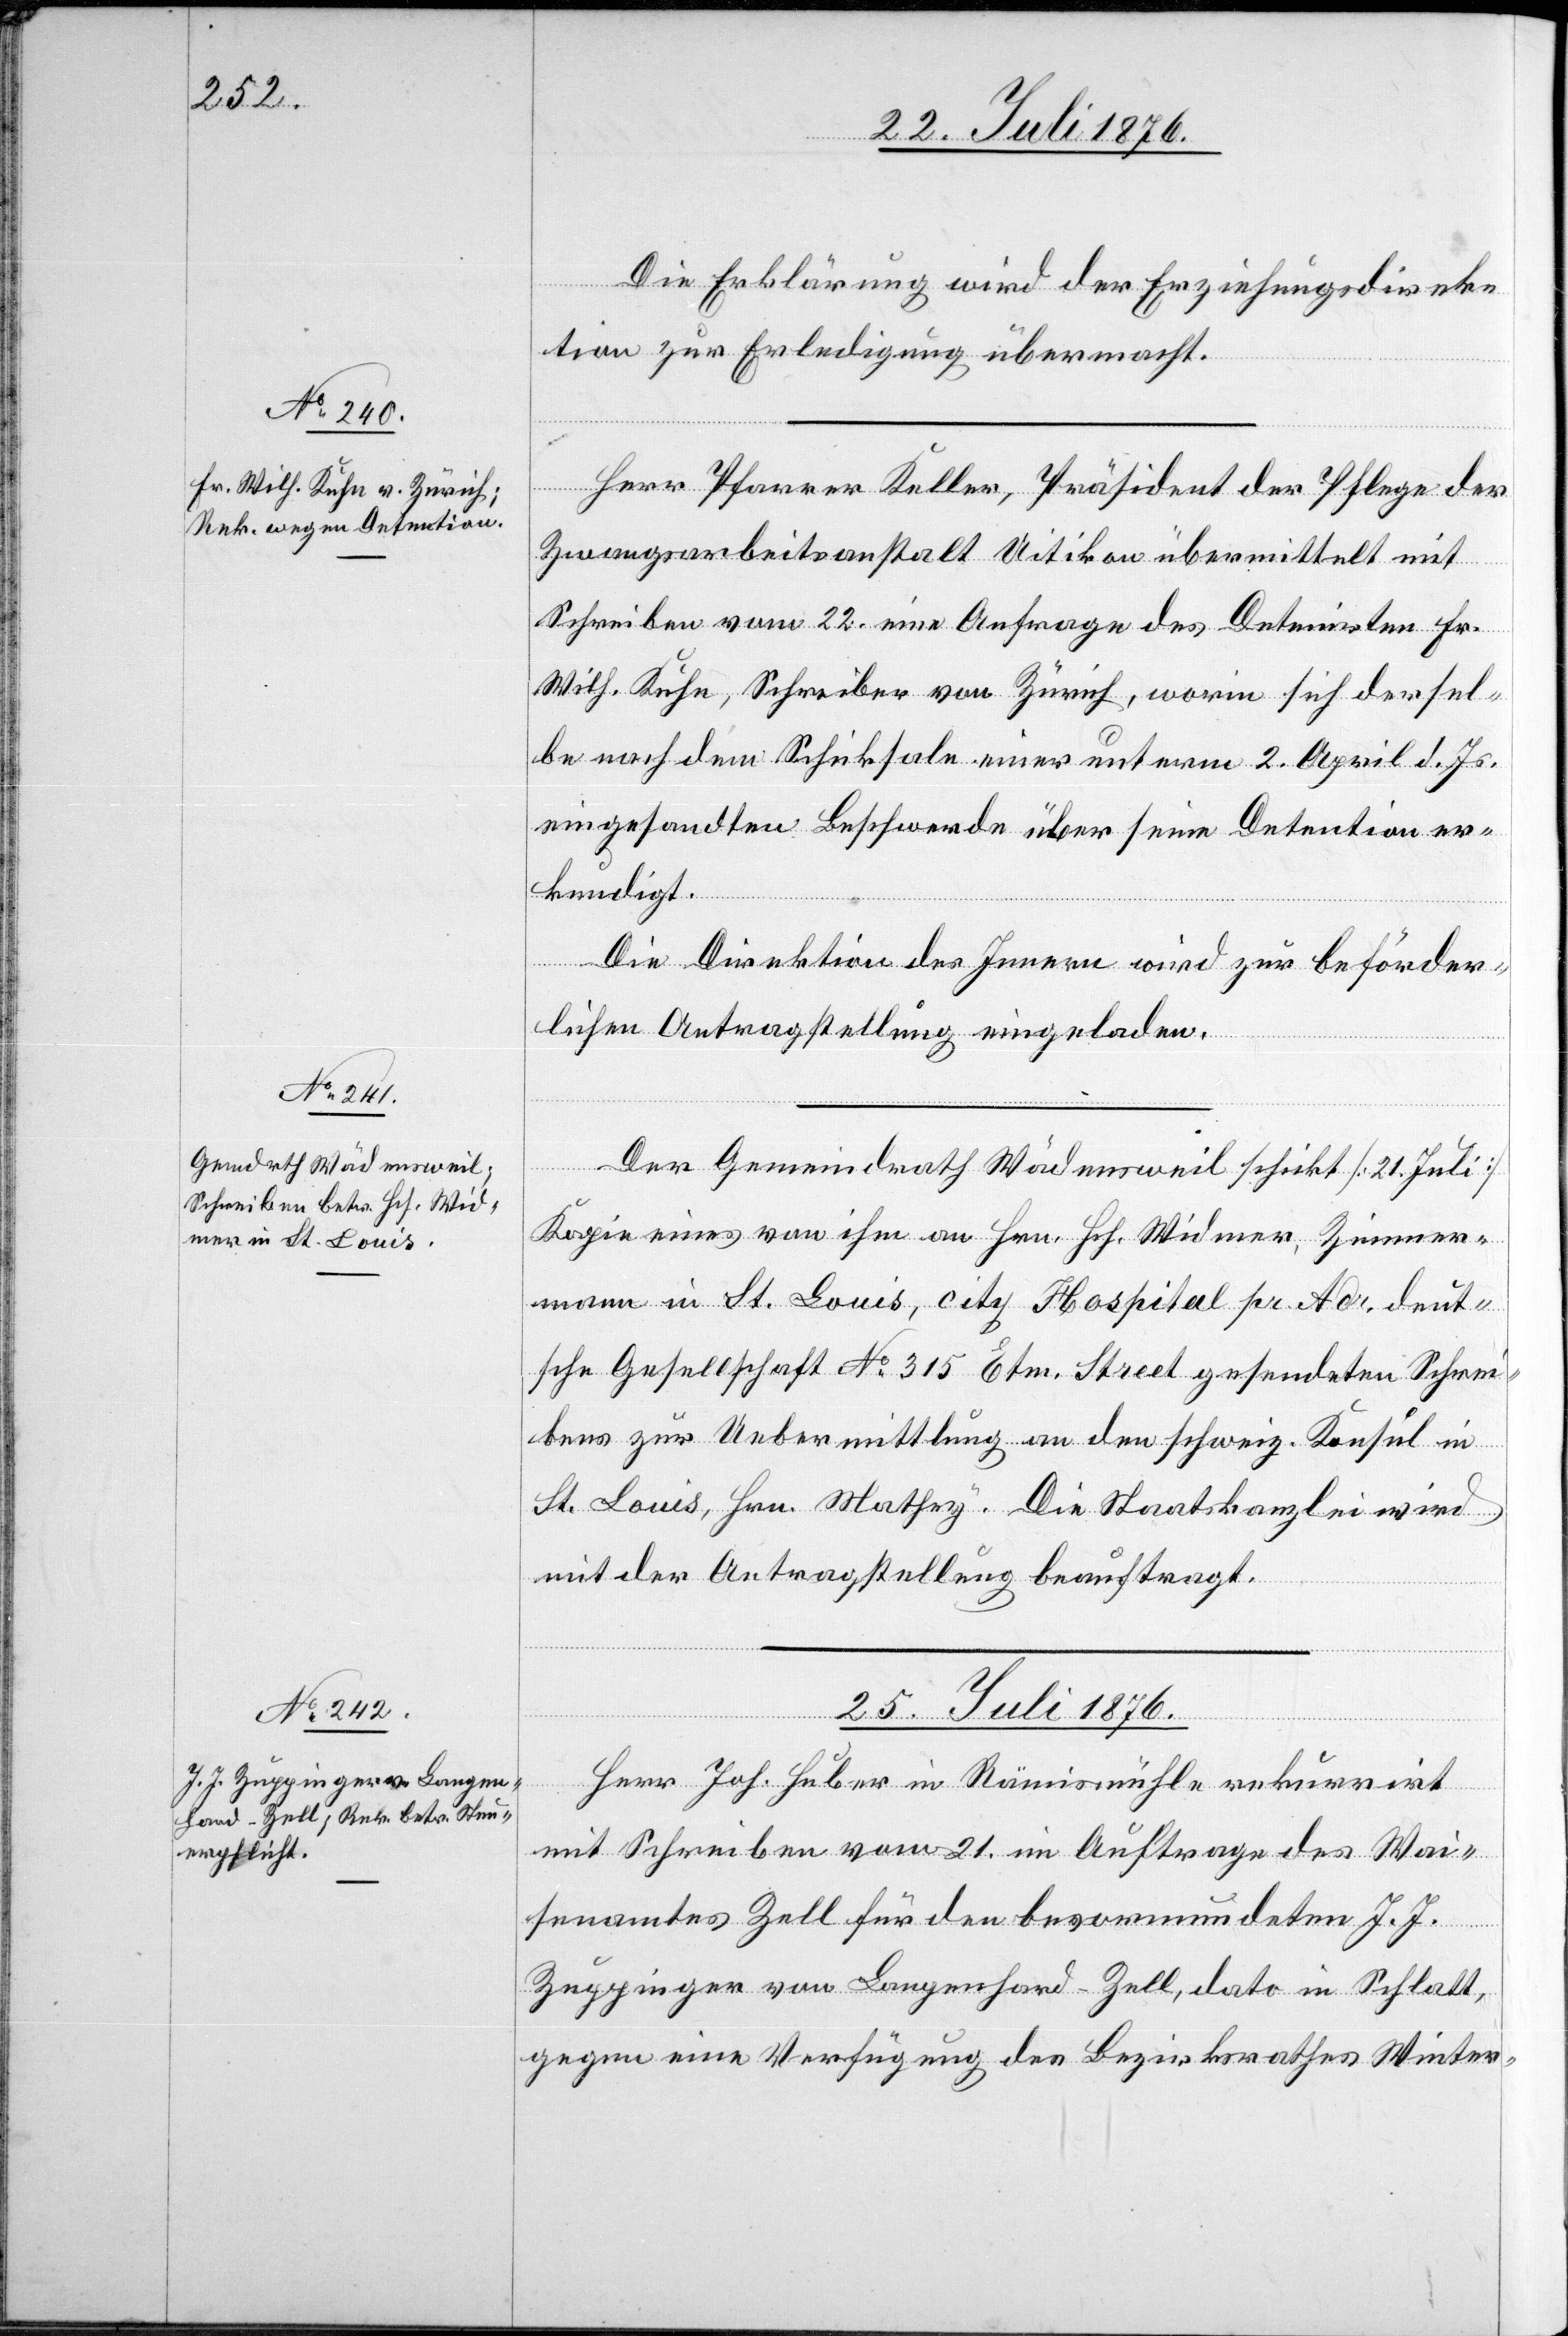
Die Erklärung wird der Erziehungsdirek¬
tion zur Erledigung übermacht.
Herr Pfarrer Keller, Präsident der Pflege der
Zwangsarbeiteranstalt Uitikon übermittelt mit
Schrieben vom 22. eine Anfrage des Detenirten Fr.
Wilh. Kuhn, Schreiber von Zürich, worin sich dersel¬
be nach dem Schicksale einer unterm 2. April d. Js.
eingesandten Beschwerde über seine Detention er¬
kundigt.
Die Direktion des Innern wird zur beförder¬
lichen Antragstellung eingeladen.
Der Gemeindrath Wädensweil schickt [21. Juli]
Kopie eines von ihm an Hr. Hch. Widmer, Zimmer¬
mann in St. Louis, city Hospital pr. Adr. deut¬
sche Gesellschaft No 315 Etm. Street gesendeten Schrei¬
bens zur Übermittlung an den schweiz. Konsul in
ST. Louis, Hrn. Mathey. Die Staatskanzlei wird
mit der Antragstellung beauftragt.
25. Juli 1876.
Herr Joh. Huber in Rämismühle rekurrirt
mit Schreiben vom 21. im Auftrage des Wai¬
senamtes Zell für den bevormundeten J. J.
Zuppinger von Langenhard - Zell, dato in Schlatt,
gegen eine Verfügung des Bezirksrathes Winter-